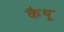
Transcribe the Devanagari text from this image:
कैथू